Plague in India, 1896, 1897 - Volume 2
Year: 1896
Disease focus: Plague
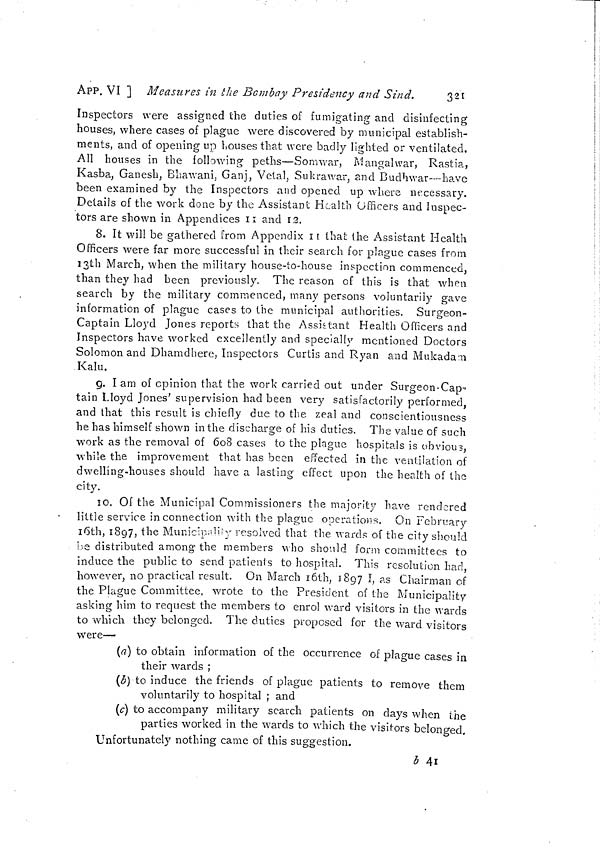
APP. VI ] Measures in the Bombay Presidency and Sind.
321
Inspectors were assigned the duties of fumigating and disinfecting
houses, where cases of plague were discovered by municipal establish-
ments, and of opening up houses that were badly lighted or ventilated.
All houses in the following peths—Somwar, Mangalwar, Rastia,
Kasba, Ganesh, Bhawani, Ganj, Vctal, Sukrawar, and Budhwar—have
been examined by the Inspectors and opened up where necessary.
Details of the work done by the Assistant Health Officers and Inspec-
tors are shown in Appendices 11 and 12.
8. It will be gathered from Appendix 11 that the Assistant Health
Officers were far more successful in their search for plague cases from
13th March, when the military house-to-house inspection commenced,
than they had been previously. The reason of this is that when
search by the military commenced, many persons voluntarily gave
information of plague cases to the municipal authorities. Surgeon-
Captain Lloyd Jones reports that the Assistant Health Officers and
Inspectors have worked excellently and specially mentioned Doctors
Solomon and Dhamdhere, Inspectors Curtis and Ryan and Mukada-n
Kalu.
9. I am of opinion that the work carried out under Surgeon-Cap-
tain Lloyd Jones' supervision had been very satisfactorily performed,
and that this result is chiefly due to the zeal and conscientiousness
he has himself shown in the discharge of his duties. The value of such
work as the removal of 608 cases to the plague hospitals is obvious,
while the improvement that has been effected in the ventilation of
dwelling-houses should have a lasting effect upon the health of the
city.
10. Of the Municipal Commissioners the majority have rendered
little service in connection with the plague operations. On February
16th, 1897, the Municipality resolved that the wards of the city should
he distributed among the members who should form committees to
induce the public to send patients to hospital. This resolution had,
however, no practical result. On March 16th, 1897 I, as Chairman of
the Plague Committee, wrote to the President of the Municipality
asking him to request the members to enrol ward visitors in the wards
to which they belonged. The duties proposed for the ward visitors
were—
(a) to obtain information of the occurrence of plague cases in
their wards ;
(b) to induce the friends of plague patients to remove them
voluntarily to hospital ; and
(c) to accompany military search patients on days when the
parties worked in the wards to which the visitors belonged.
Unfortunately nothing came of this suggestion.
b 41